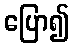
ပြော၍